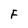
Character: F